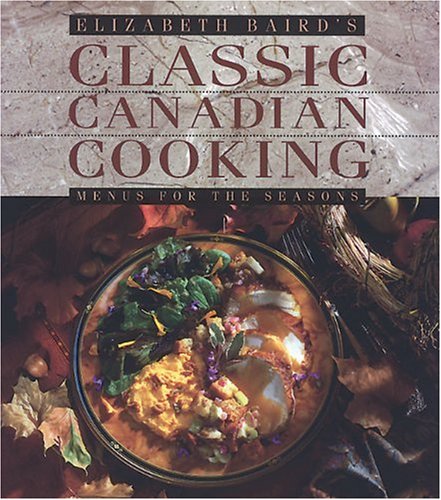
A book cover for Elizabeth Baird's Classic Canadian Cooking: Menus for the Seasons; Elizabeth Baird; Cookbooks, Food & Wine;